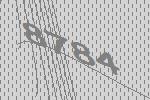
8784